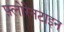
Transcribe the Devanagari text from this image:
फ़्लोरेनटाइन